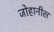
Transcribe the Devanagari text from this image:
जोहानीस